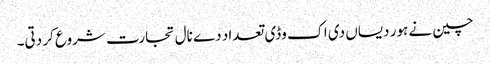
چین نے ہور دیساں دی اک وڈی تعداد دے نال تجارت شروع کر دتی۔